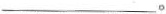
___。